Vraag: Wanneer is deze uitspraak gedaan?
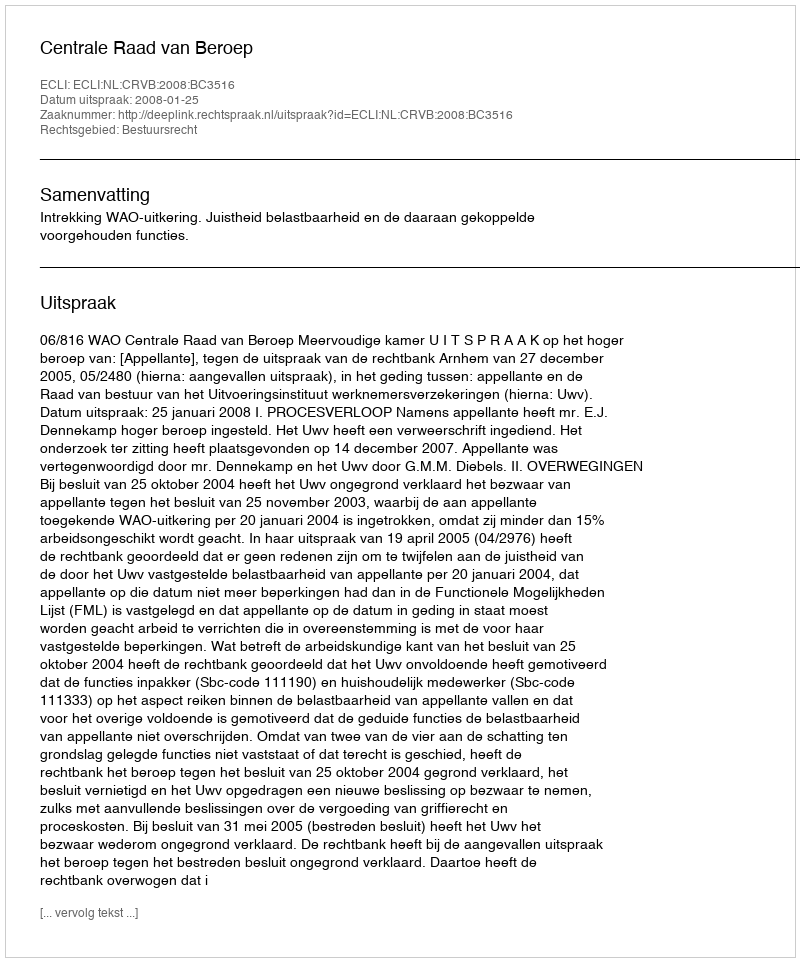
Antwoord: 2008-01-25